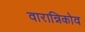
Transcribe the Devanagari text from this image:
वारान्निकोव